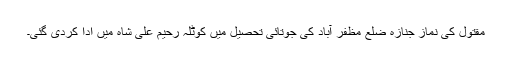
مقتول کی نماز جنازہ ضلع مظفر آباد کی جوتائی تحصیل میں کوٹلہ رحیم علی شاہ میں ادا کردی گئی۔